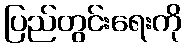
ပြည်တွင်းရေးကို